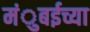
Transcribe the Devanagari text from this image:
मंुबईच्या